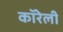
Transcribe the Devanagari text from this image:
कॉरेली